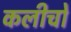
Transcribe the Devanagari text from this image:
कलीचो